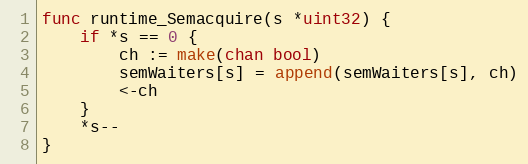
Language: Go
func runtime_Semacquire(s *uint32) {
	if *s == 0 {
		ch := make(chan bool)
		semWaiters[s] = append(semWaiters[s], ch)
		<-ch
	}
	*s--
}